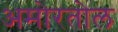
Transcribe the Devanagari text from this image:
अमोरतोल